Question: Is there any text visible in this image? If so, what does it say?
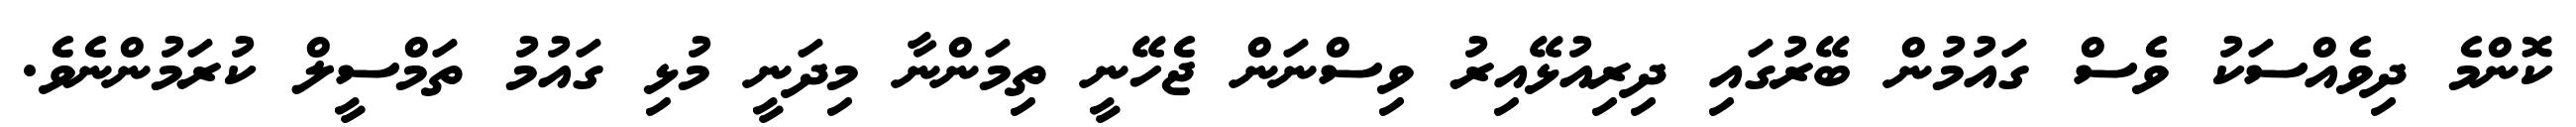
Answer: ކޮންމެ ދިވެއްސަކު ވެސް ގައުމުން ބޭރުގައި ދިރިއުޅޭއިރު ވިސްނަން ޖެހޭނީ ތިމަންނާ މިދަނީ މުޅި ގައުމު ތަމްސީލް ކުރަމުންނެވެ.